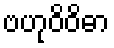
ဗဟုဝိဝိဓာ